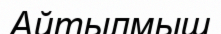
Айтылмыш